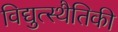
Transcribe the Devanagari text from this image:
विद्युत्स्थैतिकी